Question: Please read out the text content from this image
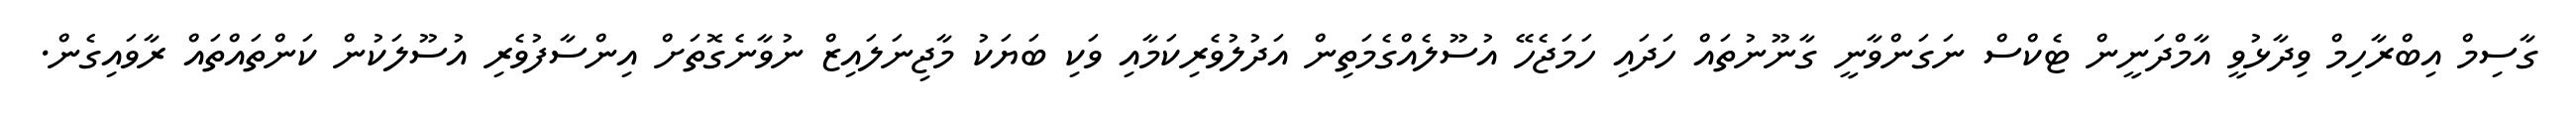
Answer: ގާސިމް އިބްރާހިމް ވިދާޅުވީ އާމްދަނީން ޓެކްސް ނަގަންވާނީ ގާނޫނުތައް ހަދައި ހަމަޖެހޭ އުސޫލެއްގެމަތިން އަދުލުވެރިކަމާއި ވަކި ބަޔަކު މާޖިނަލައިޒް ނުވާނެގޮތަށް އިންސާފުވެރި އުސޫލަކުން ކަންތައްތައް ރާވައިގެން.